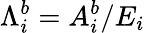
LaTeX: {\Lambda}_{i}^{b}=A_{i}^{b}/E_{i}